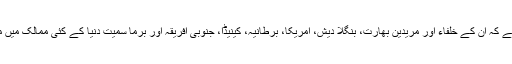
بتایا جاتا ہے کہ ان کے خلفاء اور مریدین بھارت، بنگلا دیش، امریکا، برطانیہ، کینیڈا، جنوبی افریقہ اور برما سمیت دنیا کے کئی ممالک میں موجود ہیں۔